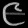
Digit: ၉